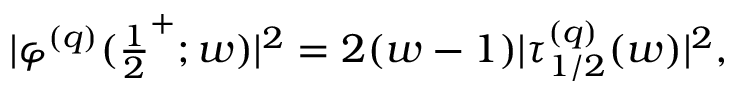
| \varphi ^ { ( q ) } ( { \textstyle { \frac { 1 } { 2 } } } ^ { + } ; w ) | ^ { 2 } = 2 ( w - 1 ) | \tau _ { 1 / 2 } ^ { ( q ) } ( w ) | ^ { 2 } ,